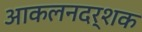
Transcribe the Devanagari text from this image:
आकलनदर्शक